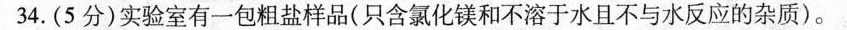
34.（5分）实验室有一包粗盐样品（只含氯化钠和不溶于水且不与水反应的杂质）。